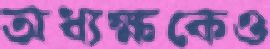
অধ্যক্ষকেও